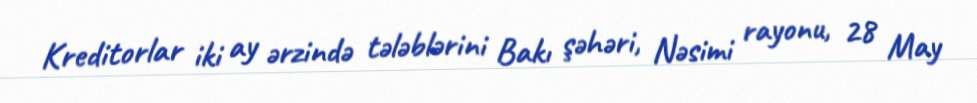
Kreditorlar iki ay ərzində tələblərini Bakı şəhəri, Nəsimi rayonu, 28 May